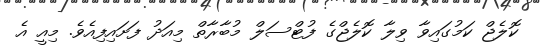
ކޮލެޖް ކަމުގައިވާ ވިލާ ކޮލެޖްގެ ފުޓްސަލް މުބާރާތް މިއަދު ފަށައިފިއެވެ. މިއީ އެ